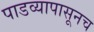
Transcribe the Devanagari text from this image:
पाडव्यापासूनच